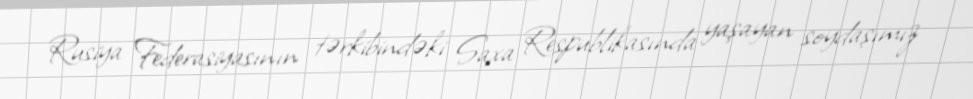
Rusiya Federasiyasının tərkibindəki Saxa Respublikasında yaşayan soydaşımız